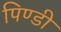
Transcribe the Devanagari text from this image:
पिण्डी